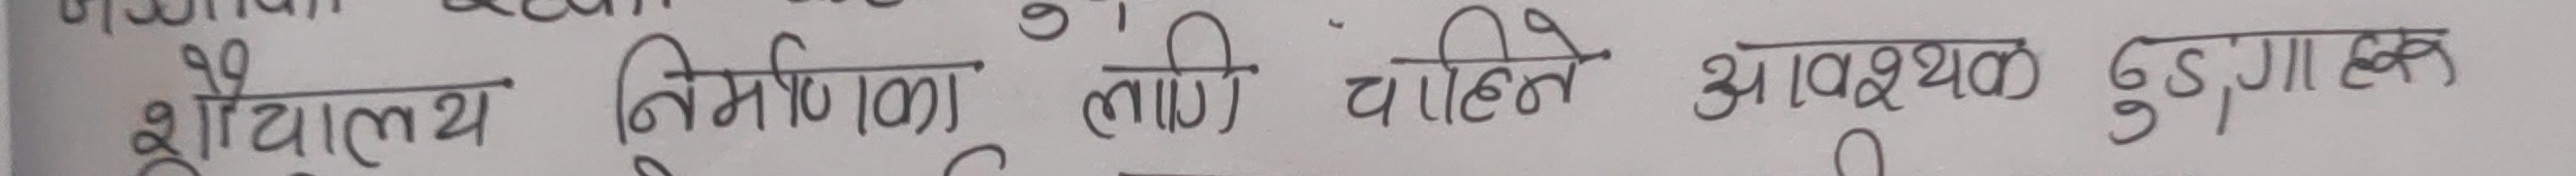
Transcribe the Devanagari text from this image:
शोचालय निर्माण का लागी चाहिने आवश्यक ढुंगा